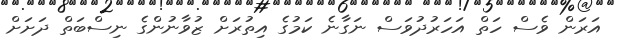
އަރަން ވެސް ހަތް އަހަރުދުވަސް ނަގާނެ ކަމުގެ އިތުރަށް ޒުވާނުންގެ ނިސްބަތް ދަށަށް